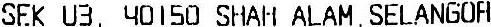
SEK U3, 40150 SHAH ALAM.SELANGOR